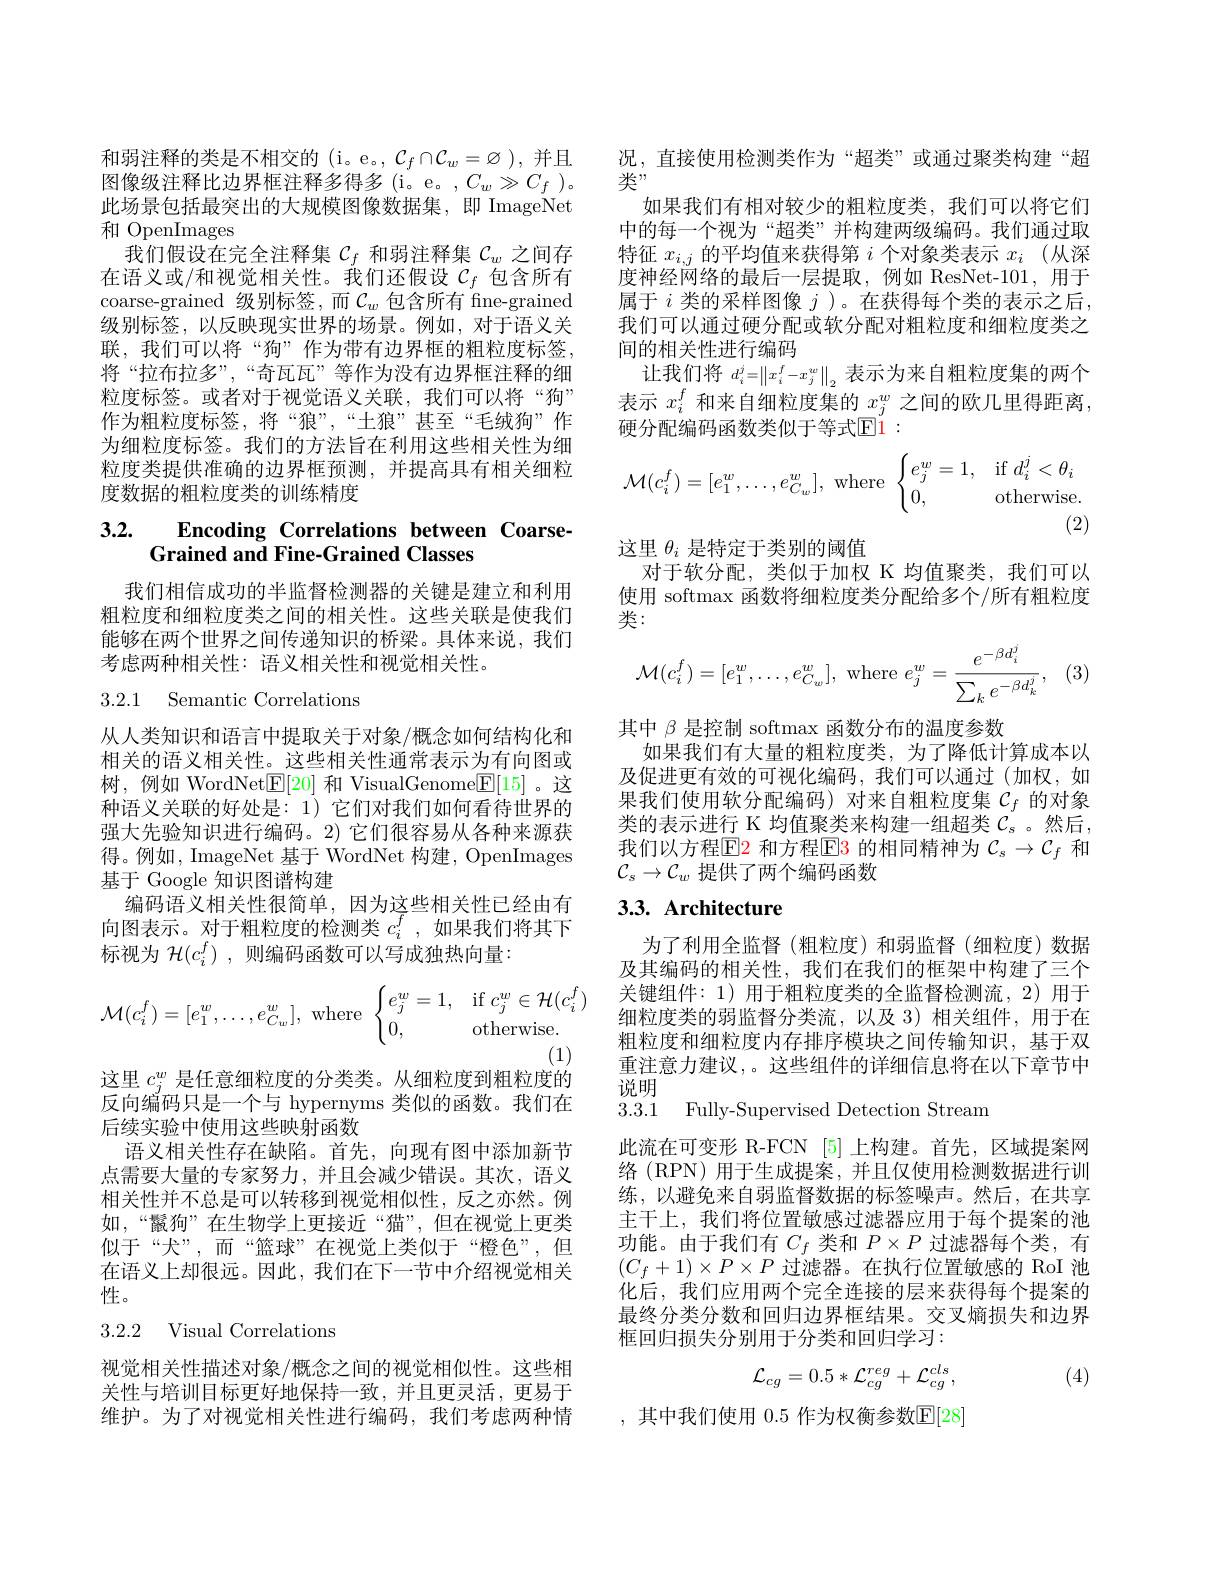
和弱注释的类是不相交的(i。e。, $\mathcal{C}_f\cap\mathcal{C}_w=\varnothing$ ),并且图像级注释比边界框注释多得多(i。e。,$C_w\gg C_f)$。此场景包括最突出的大规模图像数据集，即 ImageNet 和 OpenImages
我们假设在完全注释集$\mathcal{C}_f$和弱注释集$\mathcal{C}_w$之间存在语义或/和视觉相关性。我们还假设$\mathcal{C}_f$包含所有coarse-grained 级别标签，而$\mathcal{C}_w$包含所有 fine-grained 级别标签，以反映现实世界的场景。例如，对于语义关联，我们可以将“狗”作为带有边界框的粗粒度标签， 将“拉布拉多”,“奇瓦瓦”等作为没有边界框注释的细粒度标签。或者对于视觉语义关联，我们可以将“狗” 作为粗粒度标签，将“狼”,“士狼”甚至“毛绒狗”作为细粒度标签。我们的方法旨在利用这些相关性为细粒度类提供准确的边界框预测，并提高具有相关细粒度数据的粗粒度类的训练精度

# 3.2. $\textbf{Encoding Correlations between Coarse}{\text{Grained and Fine- Grained Classes}}$

我们相信成功的半监督检测器的关键是建立和利用粗粒度和细粒度类之间的相关性。这些关联是使我们能够在两个世界之间传递知识的桥梁。具体来说，我们考虑两种相关性：语义相关性和视觉相关性。

3.2.1 Semantic Correlations

从人类知识和语言中提取关于对象/概念如何结构化和相关的语义相关性。这些相关性通常表示为有向图或树，例如 WordNetE[ 20] 和 VisualGenome[ E[ 15] 。这种语义关联的好处是：1)它们对我们如何看待世界的强大先验知识进行编码。2) 它们很容易从各种来源获得。例如，ImageNet 基于 WordNet 构建，OpenImages 基于 Google 知识图谱构建
编码语义相关性很简单，因为这些相关性已经由有向图表示。对于粗粒度的检测类$c_i^f$,如果我们将其下标视为$\mathcal{H}(c_i^f)$,则编码函数可以写成独热向量：
$$\mathcal{M}(c_i^f)=[e_1^w,\dots,e_{C_w}^w],\:\text{where}\:\begin{cases}e_j^w=1,&\text{if}\:c_j^w\in\mathcal{H}(c_i^f)\\0,&\text{otherwise.}\end{cases}$$
(1)
这里$c_{i}^w$是任意细粒度的分类类。从细粒度到粗粒度的反向编码只是一个与 hypernyms 类似的函数。我们在后续实验中使用这些映射函数
语义相关性存在缺陷。首先，向现有图中添加新节点需要大量的专家努力，并且会减少错误。其次，语义相关性并不总是可以转移到视觉相似性，反之亦然。例如，“鬣狗”在生物学上更接近“猫”,但在视觉上更类似于“犬”,而“篮球”在视觉上类似于“橙色”,但在语义上却很远。因此，我们在下一节中介绍视觉相关性。
3.2.2 Visual Correlations
视觉相关性描述对象/概念之间的视觉相似性。这些相

关性与培训目标更好地保持一致，并且更灵活，更易于维护。为了对视觉相关性进行编码，我们考虑两种情

况，直接使用检测类作为“超类”或通过聚类构建“超
类”
如果我们有相对较少的粗粒度类，我们可以将它们中的每一个视为“超类”并构建两级编码。我们通过取特征$x_i,j$的平均值来获得第$i$个对象类表示$x_i$ (从深度神经网络的最后一层提取，例如 ResNet-101,用于属于$i$类的采样图像$j$ )。在获得每个类的表示之后我们可以通过硬分配或软分配对粗粒度和细粒度类之间的相关性进行编码
让我们将$d_i^j=\left\|x_i^f-x_j^w\right\|_2$表示为来自粗粒度集的两个表示$x_i^f$和来自细粒度集的$x_j^w$之间的欧几里得距离硬分配编码函数类似于等式$\mathbb{E}1:$
$$\mathcal{M}(c_i^f)=[e_1^w,\dots,e_{C_w}^w],\text{where}\begin{cases}e_j^w=1,&\text{if}d_i^j<\theta_i\\0,&\text{otherwise.}\end{cases}$$
(2)
这里$\theta_i$是特定于类别的阈值
对于软分配，类似于加权 K 均值聚类，我们可以使用 softmax 函数将细粒度类分配给多个/所有粗粒度类：
$$\mathcal{M}(c_i^f)=[e_1^w,\ldots,e_{C_w}^w],\mathrm{~where~}e_j^w=\frac{e^{-\beta d_i^j}}{\sum_ke^{-\beta d_k^j}},$$
其中$\beta$是控制 softmax 函数分布的温度参数
如果我们有大量的粗粒度类，为了降低计算成本以及促进更有效的可视化编码，我们可以通过(加权，如果我们使用软分配编码)对来自粗粒度集$\mathcal{C}_f$的对象类的表示进行 K 均值聚类来构建一组超类$C_s$ 。然后， 我们以方程$\mathbb{E}$2 和方程$\mathbb{E}\color{red}{3}$ 的相同精神为 $\mathcal{C}_s\to\mathcal{C}_f$ 和$\mathcal{C}_s\to\mathcal{C}_w$提供了两个编码函数

## 3.3. Architecture

为了利用全监督(粗粒度)和弱监督(细粒度)数据及其编码的相关性，我们在我们的框架中构建了三个关键组件：1)用于粗粒度类的全监督检测流，2)用于细粒度类的弱监督分类流，以及 3)相关组件，用于在粗粒度和细粒度内存排序模块之间传输知识，基于双重注意力建议，。这些组件的详细信息将在以下章节中说明

3.3.1 Fully-Supervised Detection Stream

此流在可变形 R-FCN [5] 上构建。首先，区域提案网络 (RPN) 用于生成提案，并且仅使用检测数据进行训练，以避免来自弱监督数据的标签噪声。然后，在共享主干上，我们将位置敏感过滤器应用于每个提案的池功能。由于我们有$C_f$类和$P\times P$过滤器每个类，有$(C_f+1)\times P\times P$过滤器。在执行位置敏感的 RoI 池化后，我们应用两个完全连接的层来获得每个提案的最终分类分数和回归边界框结果。交叉熵损失和边界框回归损失分别用于分类和回归学习：
$$\mathcal{L}_{cg}=0.5*\mathcal{L}_{cg}^{reg}+\mathcal{L}_{cg}^{cls},$$
(4)

,其中我们使用0.5作为权衡参数$\mathbb{E}[28]$